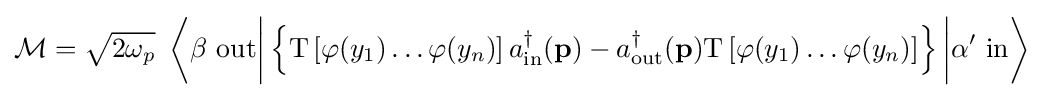
{\mathcal {M}}={\sqrt {2\omega _{p}}}\ \left\langle \beta \ \mathrm {out} {\bigg |}\left\{\mathrm {T} \left[\varphi (y_{1})\ldots \varphi (y_{n})\right]a_{\mathrm {in} }^{\dagger }(\mathbf {p} )-a_{\mathrm {out} }^{\dagger }(\mathbf {p} )\mathrm {T} \left[\varphi (y_{1})\ldots \varphi (y_{n})\right]\right\}{\bigg |}\alpha '\ \mathrm {in} \right\rangle